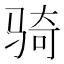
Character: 骑